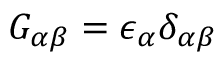
G _ { \alpha \beta } = \epsilon _ { \alpha } \delta _ { \alpha \beta }